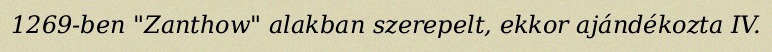
1269-ben "Zanthow" alakban szerepelt, ekkor ajándékozta IV.